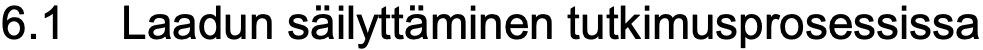
6.1 Laadun säilyttäminen tutkimusprosessissa